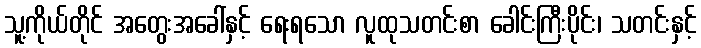
သူ့ကိုယ်တိုင် အတွေးအခေါ်နှင့် ရေးရသော လူထုသတင်းစာ ခေါင်းကြီးပိုင်း၊ သတင်းနှင့်